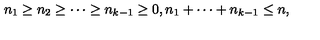
n _ { 1 } \geq n _ { 2 } \geq \cdots \geq n _ { k - 1 } \geq 0 , n _ { 1 } + \cdots + n _ { k - 1 } \leq n ,